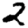
Digit: 2